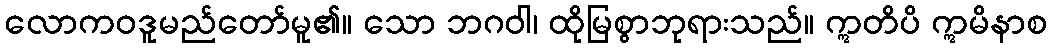
လောကဝဒူမည်တော်မူ၏။ သော ဘဂဝါ၊ ထိုမြစွာဘုရားသည်။ ဣတိပိ ဣမိနာစ